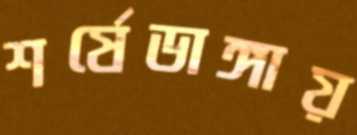
শর্ষেডাঙ্গায়